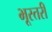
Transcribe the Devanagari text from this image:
भूस्तरी